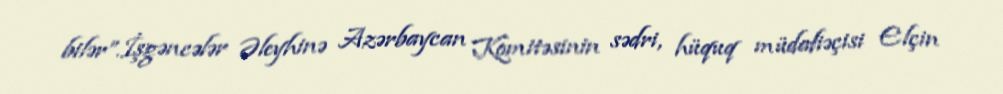
bilər”.İşgəncələr Əleyhinə Azərbaycan Komitəsinin sədri, hüquq müdafiəçisi Elçin